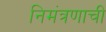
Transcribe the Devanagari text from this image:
निमंत्रणाची